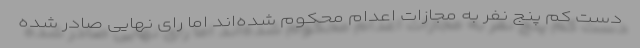
دست کم پنج نفر به مجازات اعدام محکوم شده‌اند اما رای نهایی صادر شده